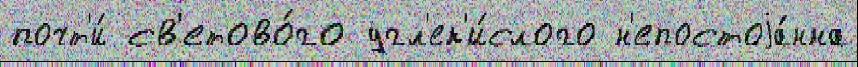
почт'и́ св'етово́го угл'ек'и́слого н'епостоjа́нна